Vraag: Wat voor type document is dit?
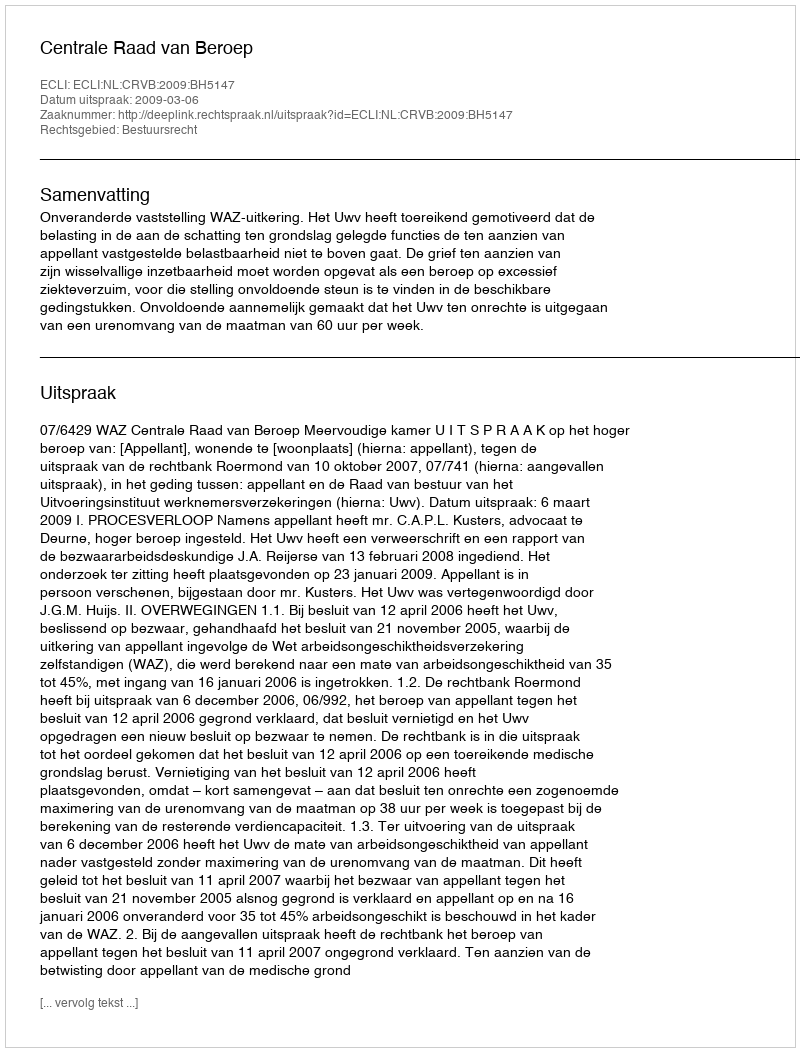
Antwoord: Uitspraak